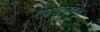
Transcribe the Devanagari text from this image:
लेखिकांना